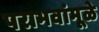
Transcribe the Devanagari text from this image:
पराभवांमूळे